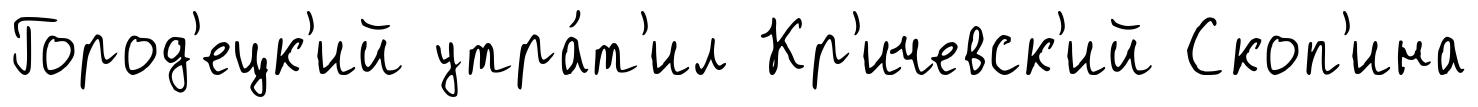
Город'ецк'ий утра́т'ил Кр'ичевск'ий Скоп'ина